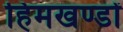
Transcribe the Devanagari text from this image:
हिमखण्डों